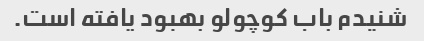
شنیدم باب کوچولو بهبود یافته است.